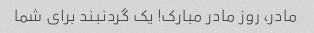
مادر، روز مادر مبارک! یک گردنبند برای شما